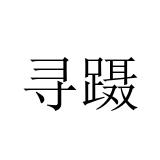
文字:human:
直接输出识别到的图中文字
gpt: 寻蹑